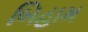
બિહામ